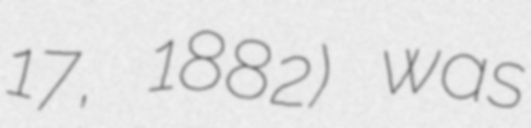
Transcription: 17, 1882) was